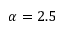
\alpha = 2 . 5